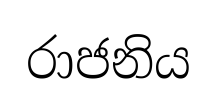
රාජනිය